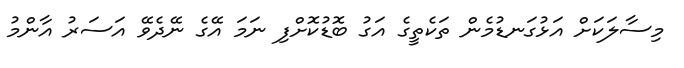
މިސާލަކަށް އަޅުގަނޑުމެން ތަކެތީގެ އަގު ބޮޑުކޮށްފި ނަމަ އޭގެ ނޭދެވޭ އަސަރު އާންމު